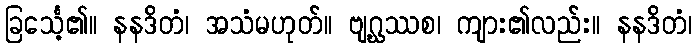
ခြင်္သေ့၏။ နနဒိတံ၊ အသံမဟုတ်။ ဗျဂ္ဃဿစ၊ ကျား၏လည်း။ နနဒိတံ၊